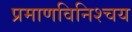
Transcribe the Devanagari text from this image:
प्रमाणविनिश्चय